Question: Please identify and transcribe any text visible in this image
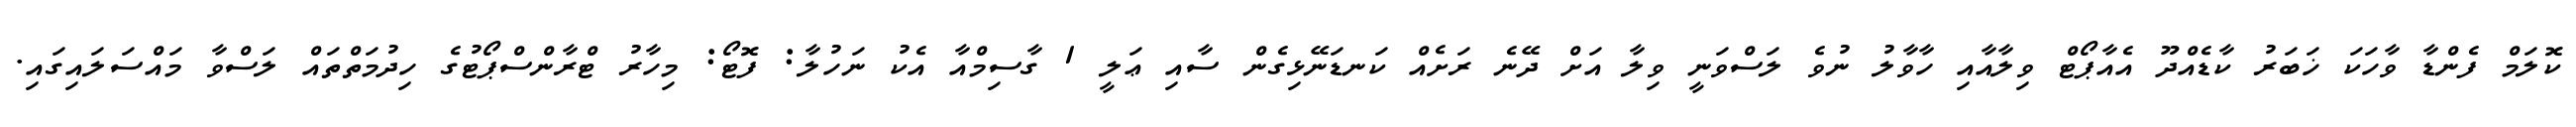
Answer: ކޮލަމް ފެންޑާ ވާހަކަ ޚަބަރު ކާޑެއްދޫ އެއާޕޯޓް ވިލާއާއި ހާވާލު ނުވެ ލަސްވަނީ ވިލާ އަށް ދޭނެ ރަށެއް ކަނޑަނޭޅިގެން ސާއި ޢަލީ 1 ގާސިމްއާ އެކު ނަހުލާ: ފޮޓޯ: މިހާރު ޓްރާންސްޕޯޓުގެ ހިދުމަތްތައް ލަސްވާ މައްސަލައިގައި.